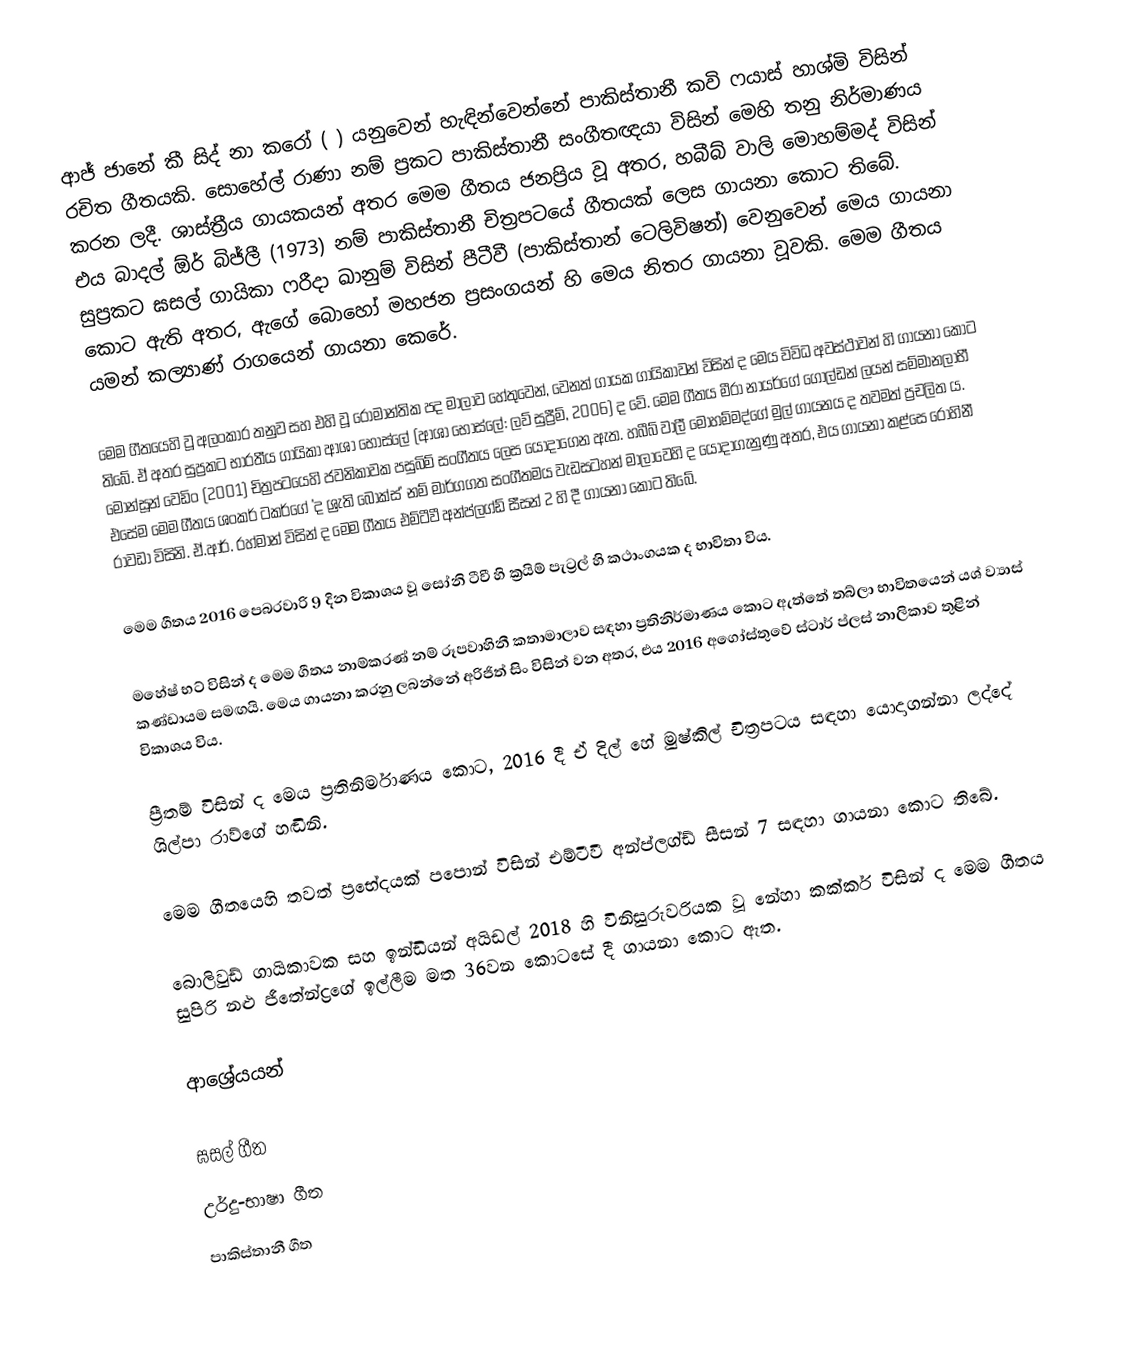
ආජ් ජානේ කී සිද් නා කරෝ ( ) යනුවෙන් හැඳින්වෙන්නේ පාකිස්තානී කවි ෆයාස් හාශ්මි විසින් රචිත ගීතයකි. සොහේල් රාණා නම් ප්‍රකට පාකිස්තානී සංගීතඥයා විසින් මෙහි තනු නිර්මාණය කරන ලදී. ශාස්ත්‍රීය ගායකයන් අතර මෙම ගීතය ජනප්‍රිය වූ අතර, හබීබ් වාලි මොහම්මද් විසින් එය බාදල් ඕර් බිජ්ලී (1973) නම් පාකිස්තානී චිත්‍රපටයේ ගීතයක් ලෙස ගායනා කොට තිබේ. සුප්‍රකට ඝසල් ගායිකා ෆරීදා ඛානුම් විසින් පීටීවී (පාකිස්තාන් ටෙලිවිෂන්) වෙනුවෙන් මෙය ගායනා කොට ඇති අතර, ඇගේ බොහෝ මහජන ප්‍රසංගයන් හි මෙය නිතර ගායනා වූවකි. මෙම ගීතය යමන් කල්‍යාණ් රාගයෙන් ගායනා කෙරේ.

මෙම ගීතයෙහි වූ අලංකාර තනුව සහ එහි වූ රෝමාන්තික පද මාලාව හේතුවෙන්, වෙනත් ගායක ගායිකාවන් විසින් ද මෙය විවිධ අවස්ථාවන් හි ගායනා කොට තිබේ. ඒ අතර සුප්‍රකට භාරතීය ගායිකා ආශා භෝස්ලේ (ආශා භෝස්ලේ: ලව් සුප්‍රීම්, 2006) ද වේ. මෙම ගීතය මීරා නායර්ගේ ගෝල්ඩන් ලයන් සම්මානලාභී මොන්සූන් වෙඩිං (2001) චිත්‍රපටයෙහි ජවනිකාවක පසුබිම් සංගීතය ලෙස යොදාගෙන ඇත. හබීබ් වාලී මොහම්මද්ගේ මුල් ගායනය ද තවමත් ප්‍රචලිත ය. එසේම මෙම ගීතය ශංකර් ටකර්ගේ 'ද ශ්‍රැති බොක්ස්' නම් මාර්ගගත සංගීතමය වැඩසටහන් මාලාවෙහි ද යොදාගැනුණු අතර, එය ගායනා කළ්සෙ රෝහිනී රාවඩා විසිනි. ඒ.ආර්. ‍රහ්මාන් විසින් ද මෙම ගීතය එම්ටීවී අන්ප්ලග්ඩ් සීසන් 2 හි දී ගායනා කොට තිබේ.

මෙම ගීතය 2016 පෙබරවාරි 9 දින විකාශය වූ සෝනි ටීවී හි ක්‍රයිම් පැට්‍රල් හි කථාංගයක ද භාවිතා විය.

මහේෂ් භට් විසින් ද මෙම ගීතය නාම්කරණ් නම් රූපවාහිනී කතාමාලාව සඳහා ප්‍රතිනිර්මාණය කොට ඇත්තේ තබ්ලා භාවිතයෙන් යශ් ව්‍යාස් කණ්ඩායම සමඟයි. මෙය ගායනා කරනු ලබන්නේ අරිජිත් සිං විසින් වන අතර,  එය 2016 අගෝස්තුවේ ස්ටාර් ප්ලස් නාලිකාව තුළින් විකාශය විය.

ප්‍රීතම් විසින් ද මෙය ප්‍රතිනිර්මාණය කොට, 2016 දී ඒ දිල් හේ මුෂ්කිල් චිත්‍රපටය සඳහා යොදාගන්නා ලද්දේ ශිල්පා රාව්ගේ හඬිනි.

මෙම ගීතයෙහි තවත් ප්‍රභේදයක් පපොන් විසින් එම්ටීවී අන්ප්ලග්ඩ් සීසන් 7 සඳහා ගායනා කොට තිබේ.

බොලිවුඩ් ගායිකාවක සහ ඉන්ඩියන් අයිඩල් 2018 හි විනිසුරුවරියක වූ නේහා කක්කර් විසින් ද මෙම ගීතය සුපිරි නළු ජීතේන්ද්‍රගේ ඉල්ලීම මත 36වන කොටසේ දී ගායනා කොට ඇත.

ආශ්‍රේයයන්

ඝසල් ගීත
උර්දු-භාෂා ගීත
පාකිස්තානී ගීත